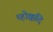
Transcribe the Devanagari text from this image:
च्होक्कदि